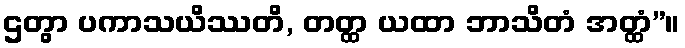
ဌတွာ ပကာသယိဿတိ, တတ္ထ ယထာ ဘာသိတံ အတ္ထံ”။